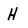
Character: H